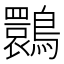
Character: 䴉